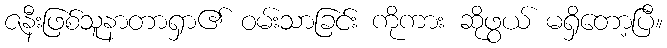
ဇနီးဖြစ်သူနာတာရှာ၏ ဝမ်းသာခြင်း ကိုကား ဆိုဖွယ် မရှိတော့ပြီ။